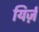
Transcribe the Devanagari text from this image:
यिर्ज़